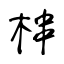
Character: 梙